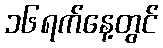
၁၆ရက်နေ့တွင်